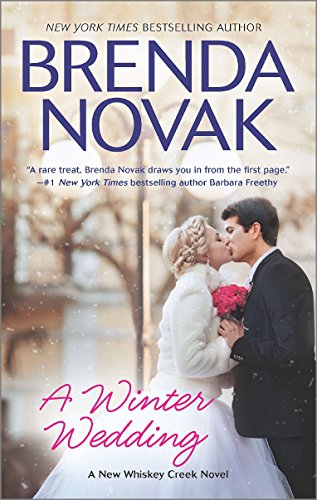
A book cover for A Winter Wedding (Whiskey Creek); Brenda Novak; Romance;